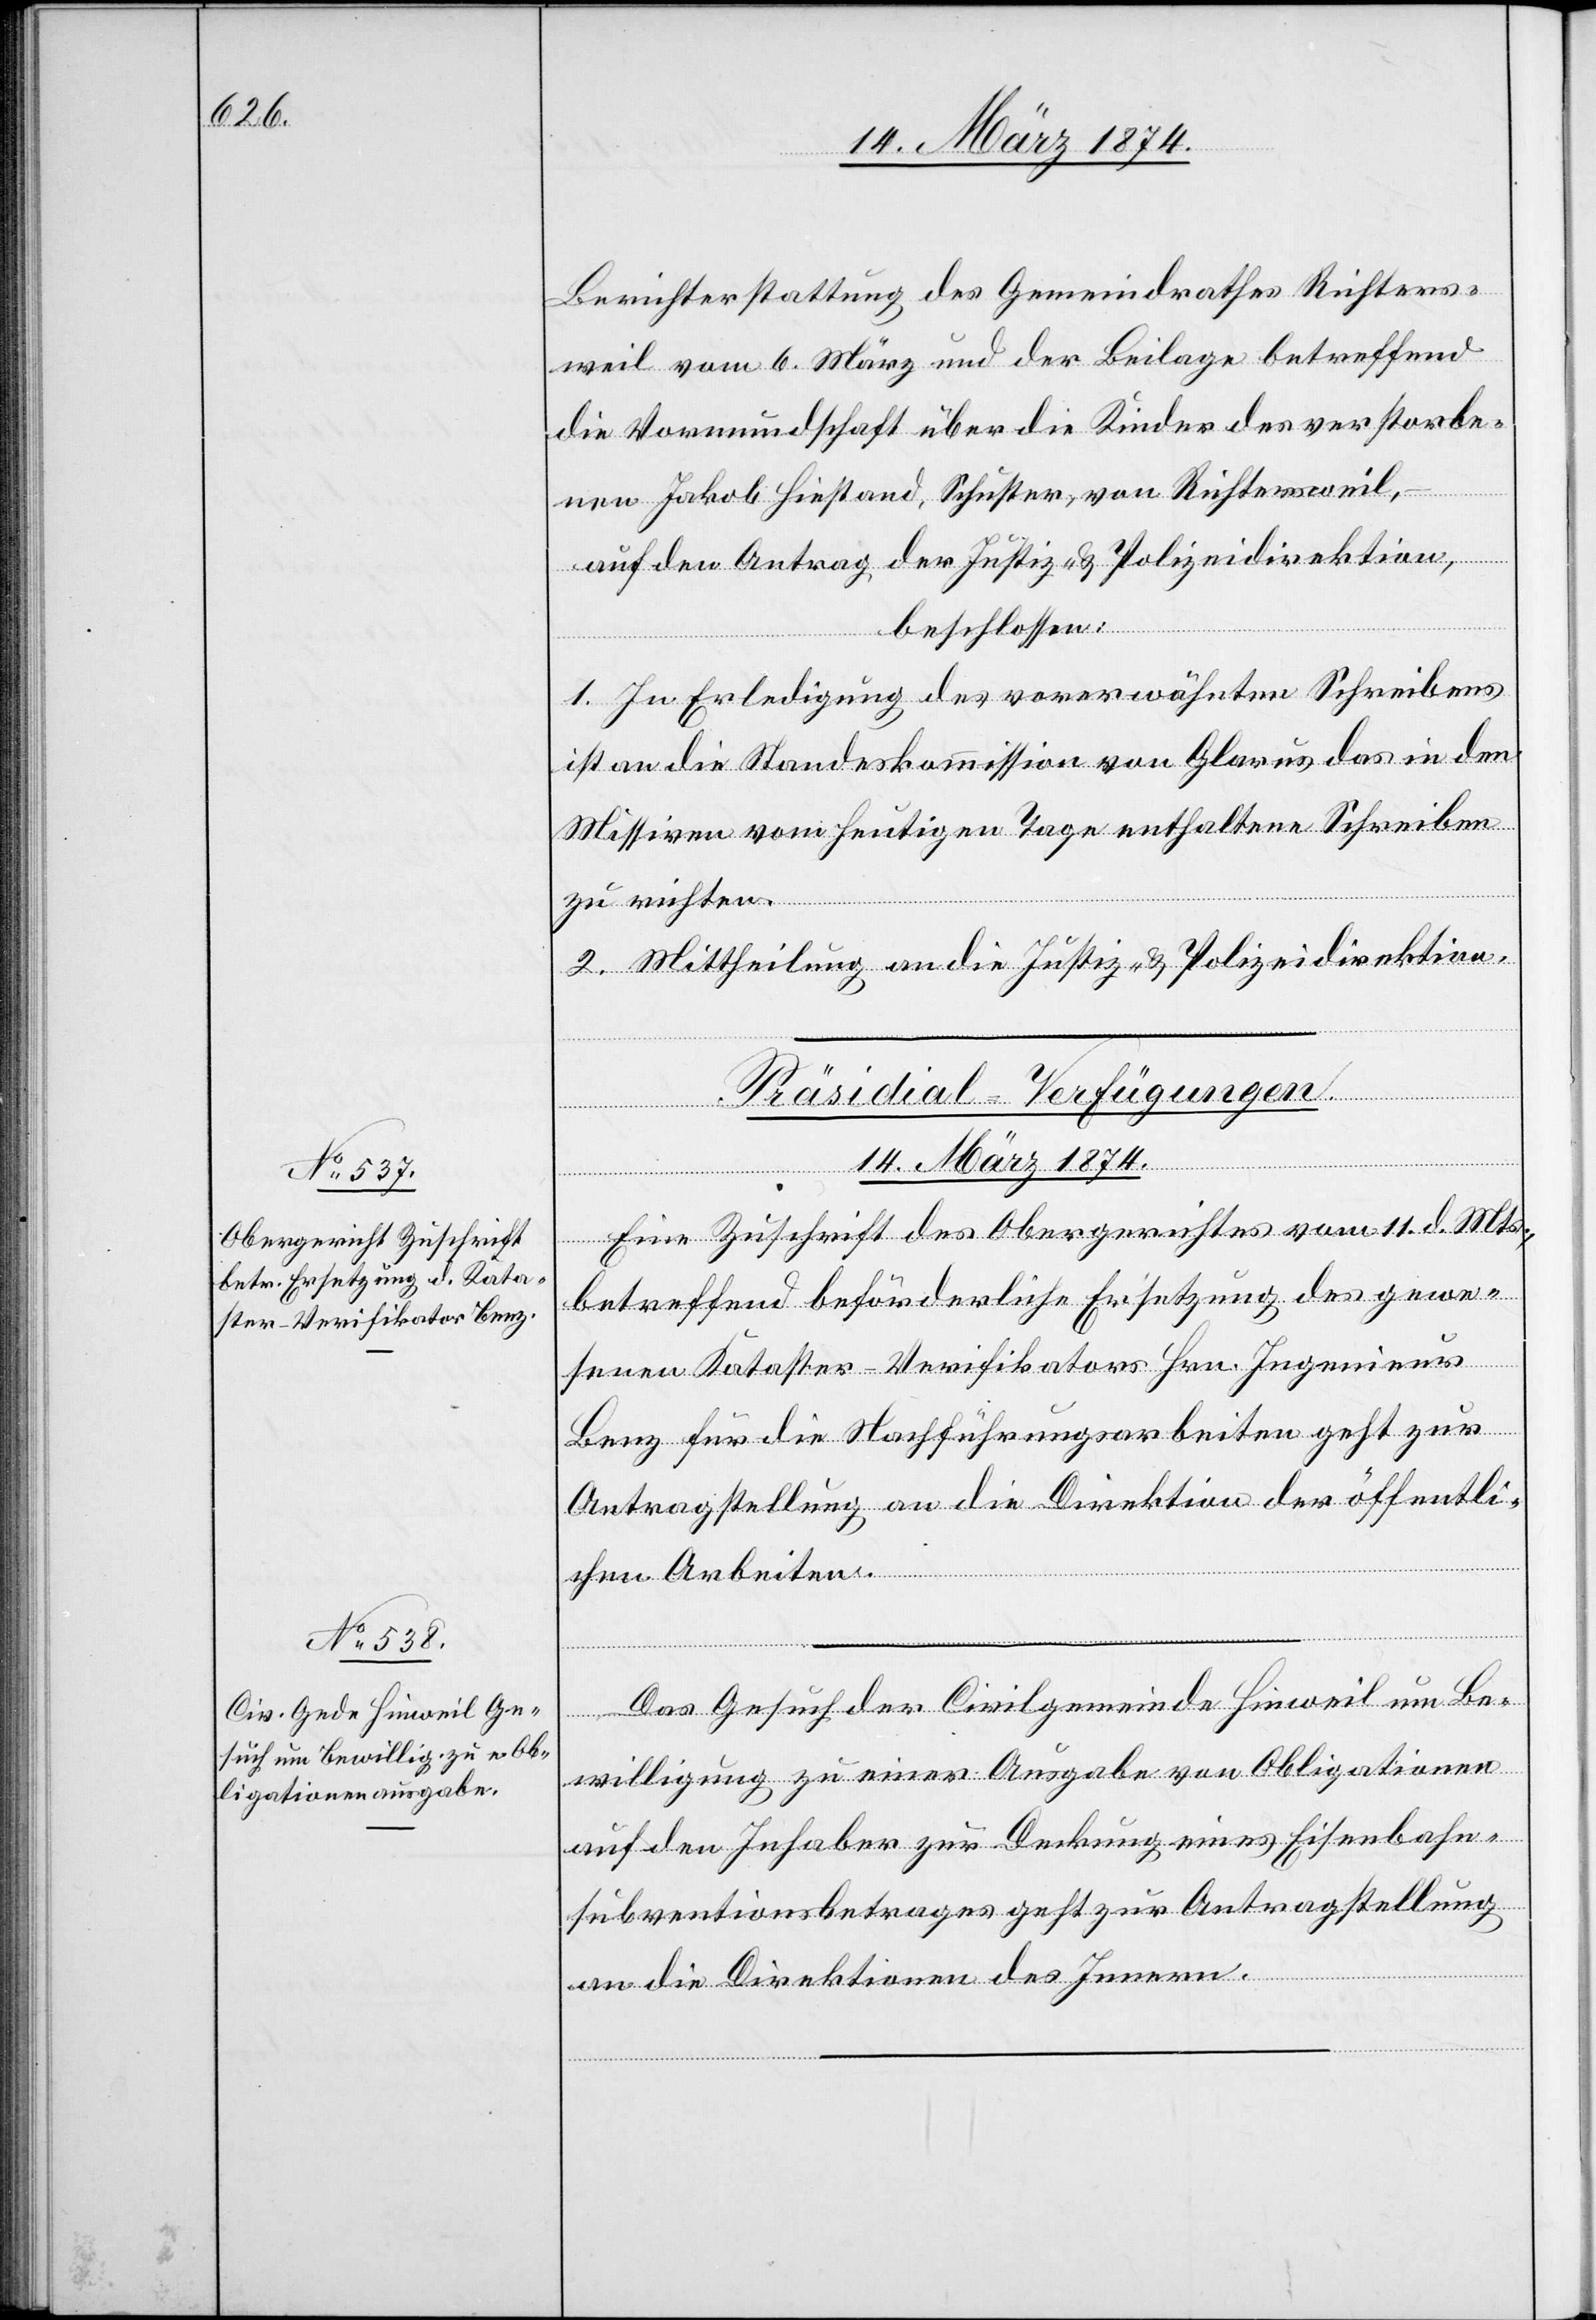
Berichterstattung des Gemeindrathes Richters¬
weil vom 6. März und der Beilage betreffend
die Vormundschaft über die Kinder des verstorbe¬
nen Jakob Hiestand, Schuster, von Richtersweil,
auf den Antrag der Justiz- u. Polizeidirektion,
beschlossen:
1. In Erledigung des vorerwähnten Schreibens
ist an die Standeskommission von Glarus das in den
Missiven vom heutigen Tage enthaltene Schreiben
zu richten.
2. Mittheilung an die Justiz- u. Polizeidirektion.
[Präsidial-Verfügungen.
14. März 1874.]
Eine Zuschrift des Obergerichtes vom 11. d. Mts.,
betreffend beförderliche Ersetzung des gewe¬
senen Kataster-Verifikators Hrn. Ingenieur
Benz für die Nachführungsarbeiten geht zur
Antragstellung an die Direktion der öffentli¬
chen Arbeiten.
Das Gesuch der Civilgemeinde Hinweil um Be¬
willigung zu einer Ausgabe von Obligationen
auf den Inhaber zur Deckung eines Eisenbahn¬
subventionsbetrages geht zur Antragstellung
an die Direktion des Innern.